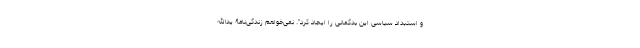
و استبداد سیاسی این بدگمانی را ایجاد کرد". نمی‌خواهم زندگی‌نامۀ یدالله